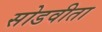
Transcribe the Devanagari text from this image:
सोडवीता